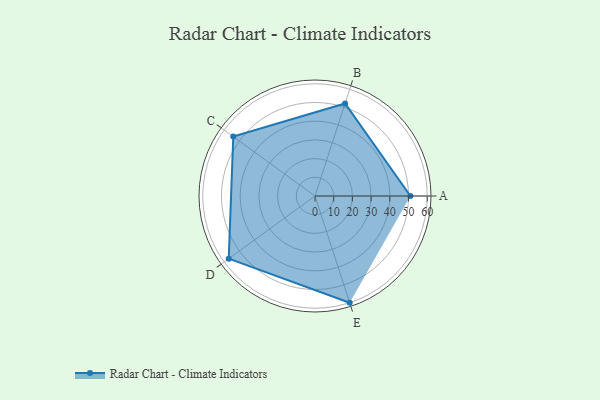
{"axis": {"x": "Skill", "y": "Score"}, "legend": ["Profile"], "data": [{"x": "A", "y": 51.0, "type": "Profile"}, {"x": "B", "y": 52.0, "type": "Profile"}, {"x": "C", "y": 54.0, "type": "Profile"}, {"x": "D", "y": 57.0, "type": "Profile"}, {"x": "E", "y": 60.0, "type": "Profile"}]}